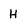
Character: H